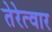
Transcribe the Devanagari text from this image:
तेरेत्वार